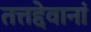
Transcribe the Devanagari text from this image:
तत्तद्देवानां